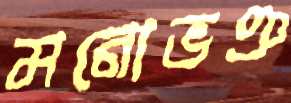
মনোভঞ